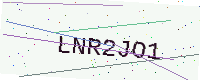
Text: LNR2JO1